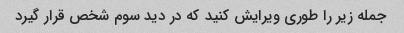
جمله زیر را طوری ویرایش کنید که در دید سوم شخص قرار گیرد